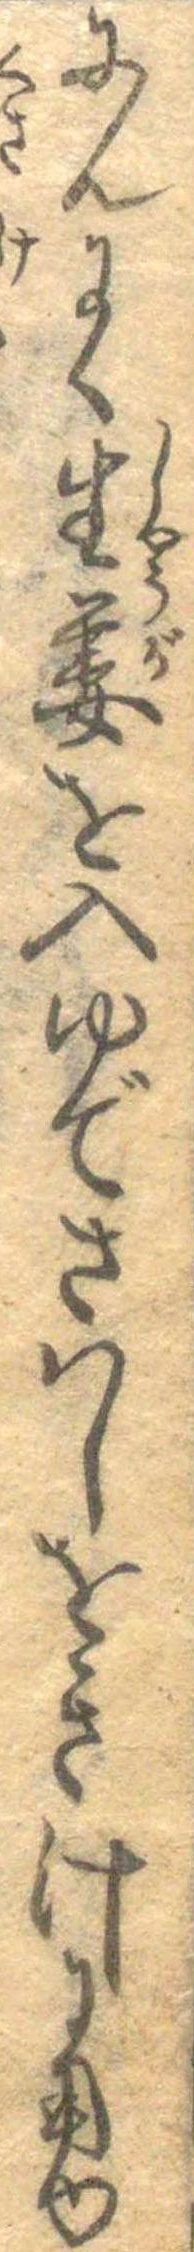
にんにく生姜を入ゆでさはしをき汁に用ゆ